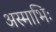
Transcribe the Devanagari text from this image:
अस्माभिः